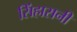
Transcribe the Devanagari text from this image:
सिंहासनी